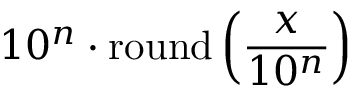
1 0 ^ { n } \cdot \operatorname { r o u n d } \left( { \frac { x } { 1 0 ^ { n } } } \right)